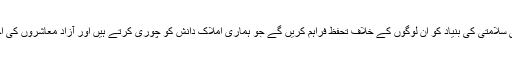
اس حکمت عملی کے تحت “ہم اپنی قومی اختراع کی سلامتی کی بنیاد کو اُن لوگوں کے خلاف تحفظ فراہم کریں گے جو ہماری املاکِ دانش کو چوری کرتے ہیں اور آزاد معاشروں کی اختراعات کو غیرقانونی طور پر استعمال کرتے ہیں۔